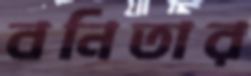
বনিতার